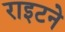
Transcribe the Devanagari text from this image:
राइटने